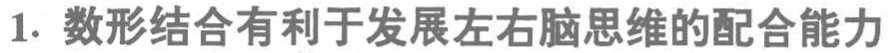
1. 数形结合有利于发展左右脑思维的配合能力